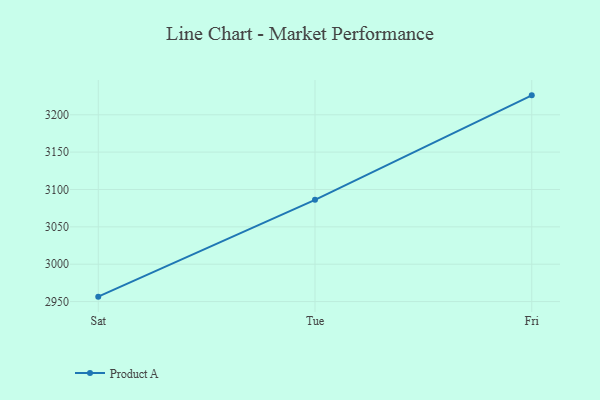
{"axis": {"x": "Day", "y": "Page Views"}, "legend": ["Product A"], "data": [{"x": "Sat", "y": 2956.6, "type": "Product A"}, {"x": "Tue", "y": 3086.2, "type": "Product A"}, {"x": "Fri", "y": 3226.0, "type": "Product A"}]}